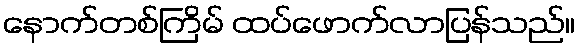
နောက်တစ်ကြိမ် ထပ်ဖောက်လာပြန်သည်။